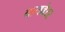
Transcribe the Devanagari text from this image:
वायब्रेटर